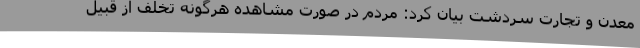
معدن و تجارت سردشت بیان کرد: مردم در صورت مشاهده هرگونه تخلف از قبیل